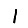
Digit: 1